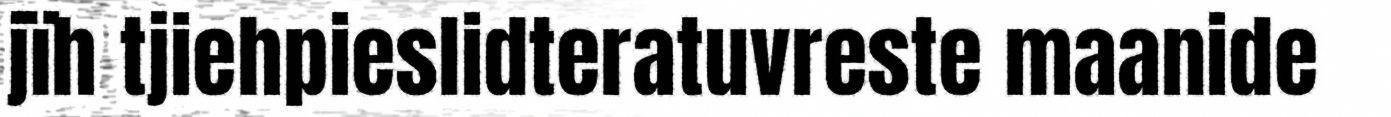
jïh tjiehpieslidteratuvreste maanide